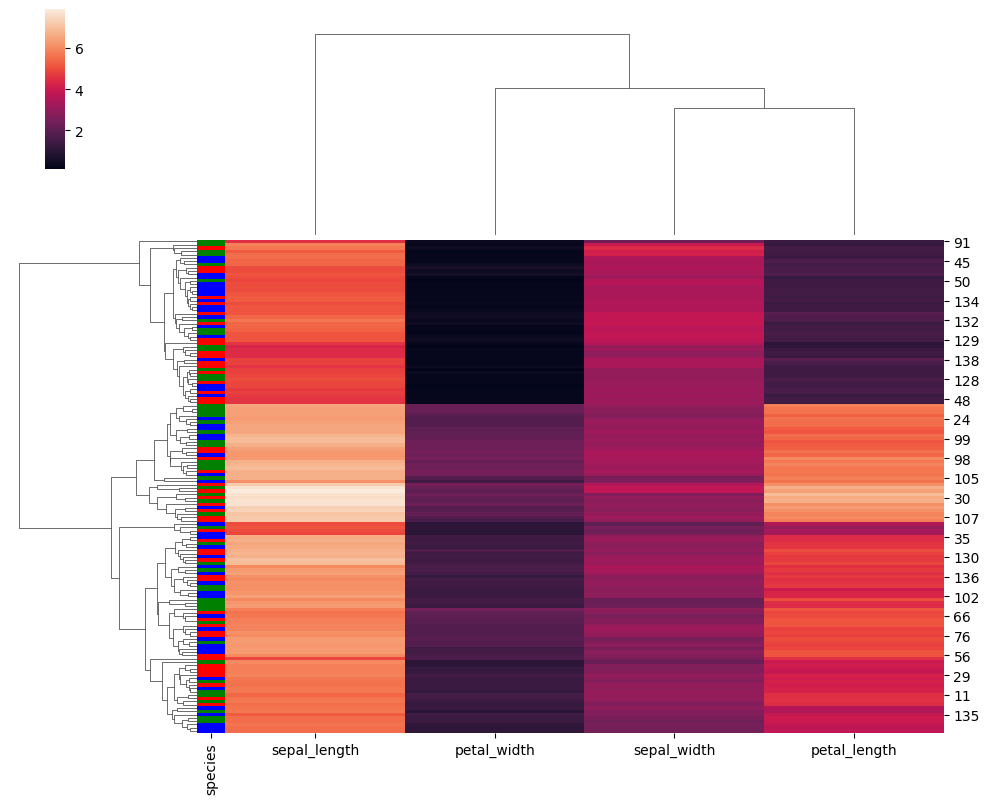
python, seaborn, clustermap, figsize=(10, 8), row_cluster=True, dendrogram_ratio=(0.2, 0.3), cbar_pos=(0.05, 0.8, 0.02, 0.2)